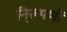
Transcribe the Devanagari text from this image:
नि्रूपणों